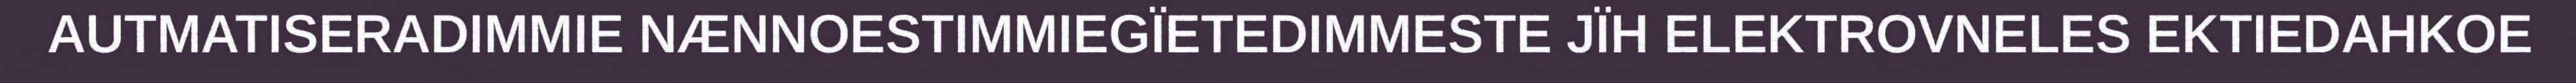
AUTMATISERADIMMIE NÆNNOESTIMMIEGÏETEDIMMESTE JÏH ELEKTROVNELES EKTIEDAHKOE